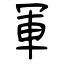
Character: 軍